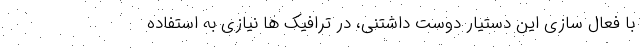
با فعال سازی این دستیار دوست داشتنی، در ترافیک ها نیازی به استفاده